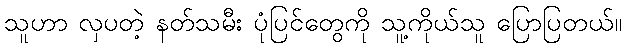
သူဟာ လှပတဲ့ နတ်သမီး ပုံပြင်တွေကို သူ့ကိုယ်သူ ပြောပြတယ်။